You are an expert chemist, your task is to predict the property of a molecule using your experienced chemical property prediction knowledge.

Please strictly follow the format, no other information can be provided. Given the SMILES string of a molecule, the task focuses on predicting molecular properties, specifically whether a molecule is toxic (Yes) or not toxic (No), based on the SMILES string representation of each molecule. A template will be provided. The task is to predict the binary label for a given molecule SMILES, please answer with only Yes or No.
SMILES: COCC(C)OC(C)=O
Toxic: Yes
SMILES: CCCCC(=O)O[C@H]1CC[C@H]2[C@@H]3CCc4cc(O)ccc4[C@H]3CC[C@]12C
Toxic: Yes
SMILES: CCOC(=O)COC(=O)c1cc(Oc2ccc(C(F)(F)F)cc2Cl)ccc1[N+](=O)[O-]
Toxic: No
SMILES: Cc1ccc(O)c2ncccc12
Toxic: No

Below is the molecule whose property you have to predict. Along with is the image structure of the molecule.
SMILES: O=C1CCCN1CCO
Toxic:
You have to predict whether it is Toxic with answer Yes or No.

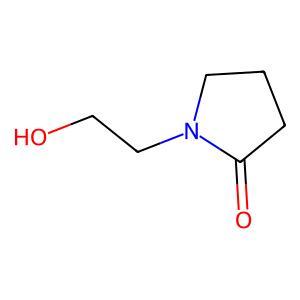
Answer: No